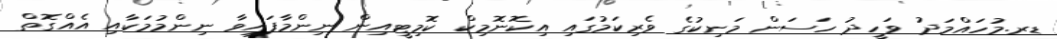
ޑރ.މުހައްމަދު ވަހީދު ހަސަން މަނިކުގެ ވެރިކަމުގައި އިކޮނޮމިކް ކޮމިޓީއިން ނިންމާފައިވާ ނިންމުމަކާއި އެއްގޮތް